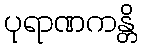
ပုရာဏကန္တိ